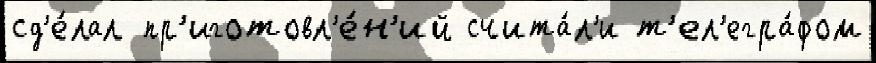
сд'е́лал пр'иготовл'е́н'ий счита́л'и т'ел'егра́фом